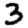
Digit: 3